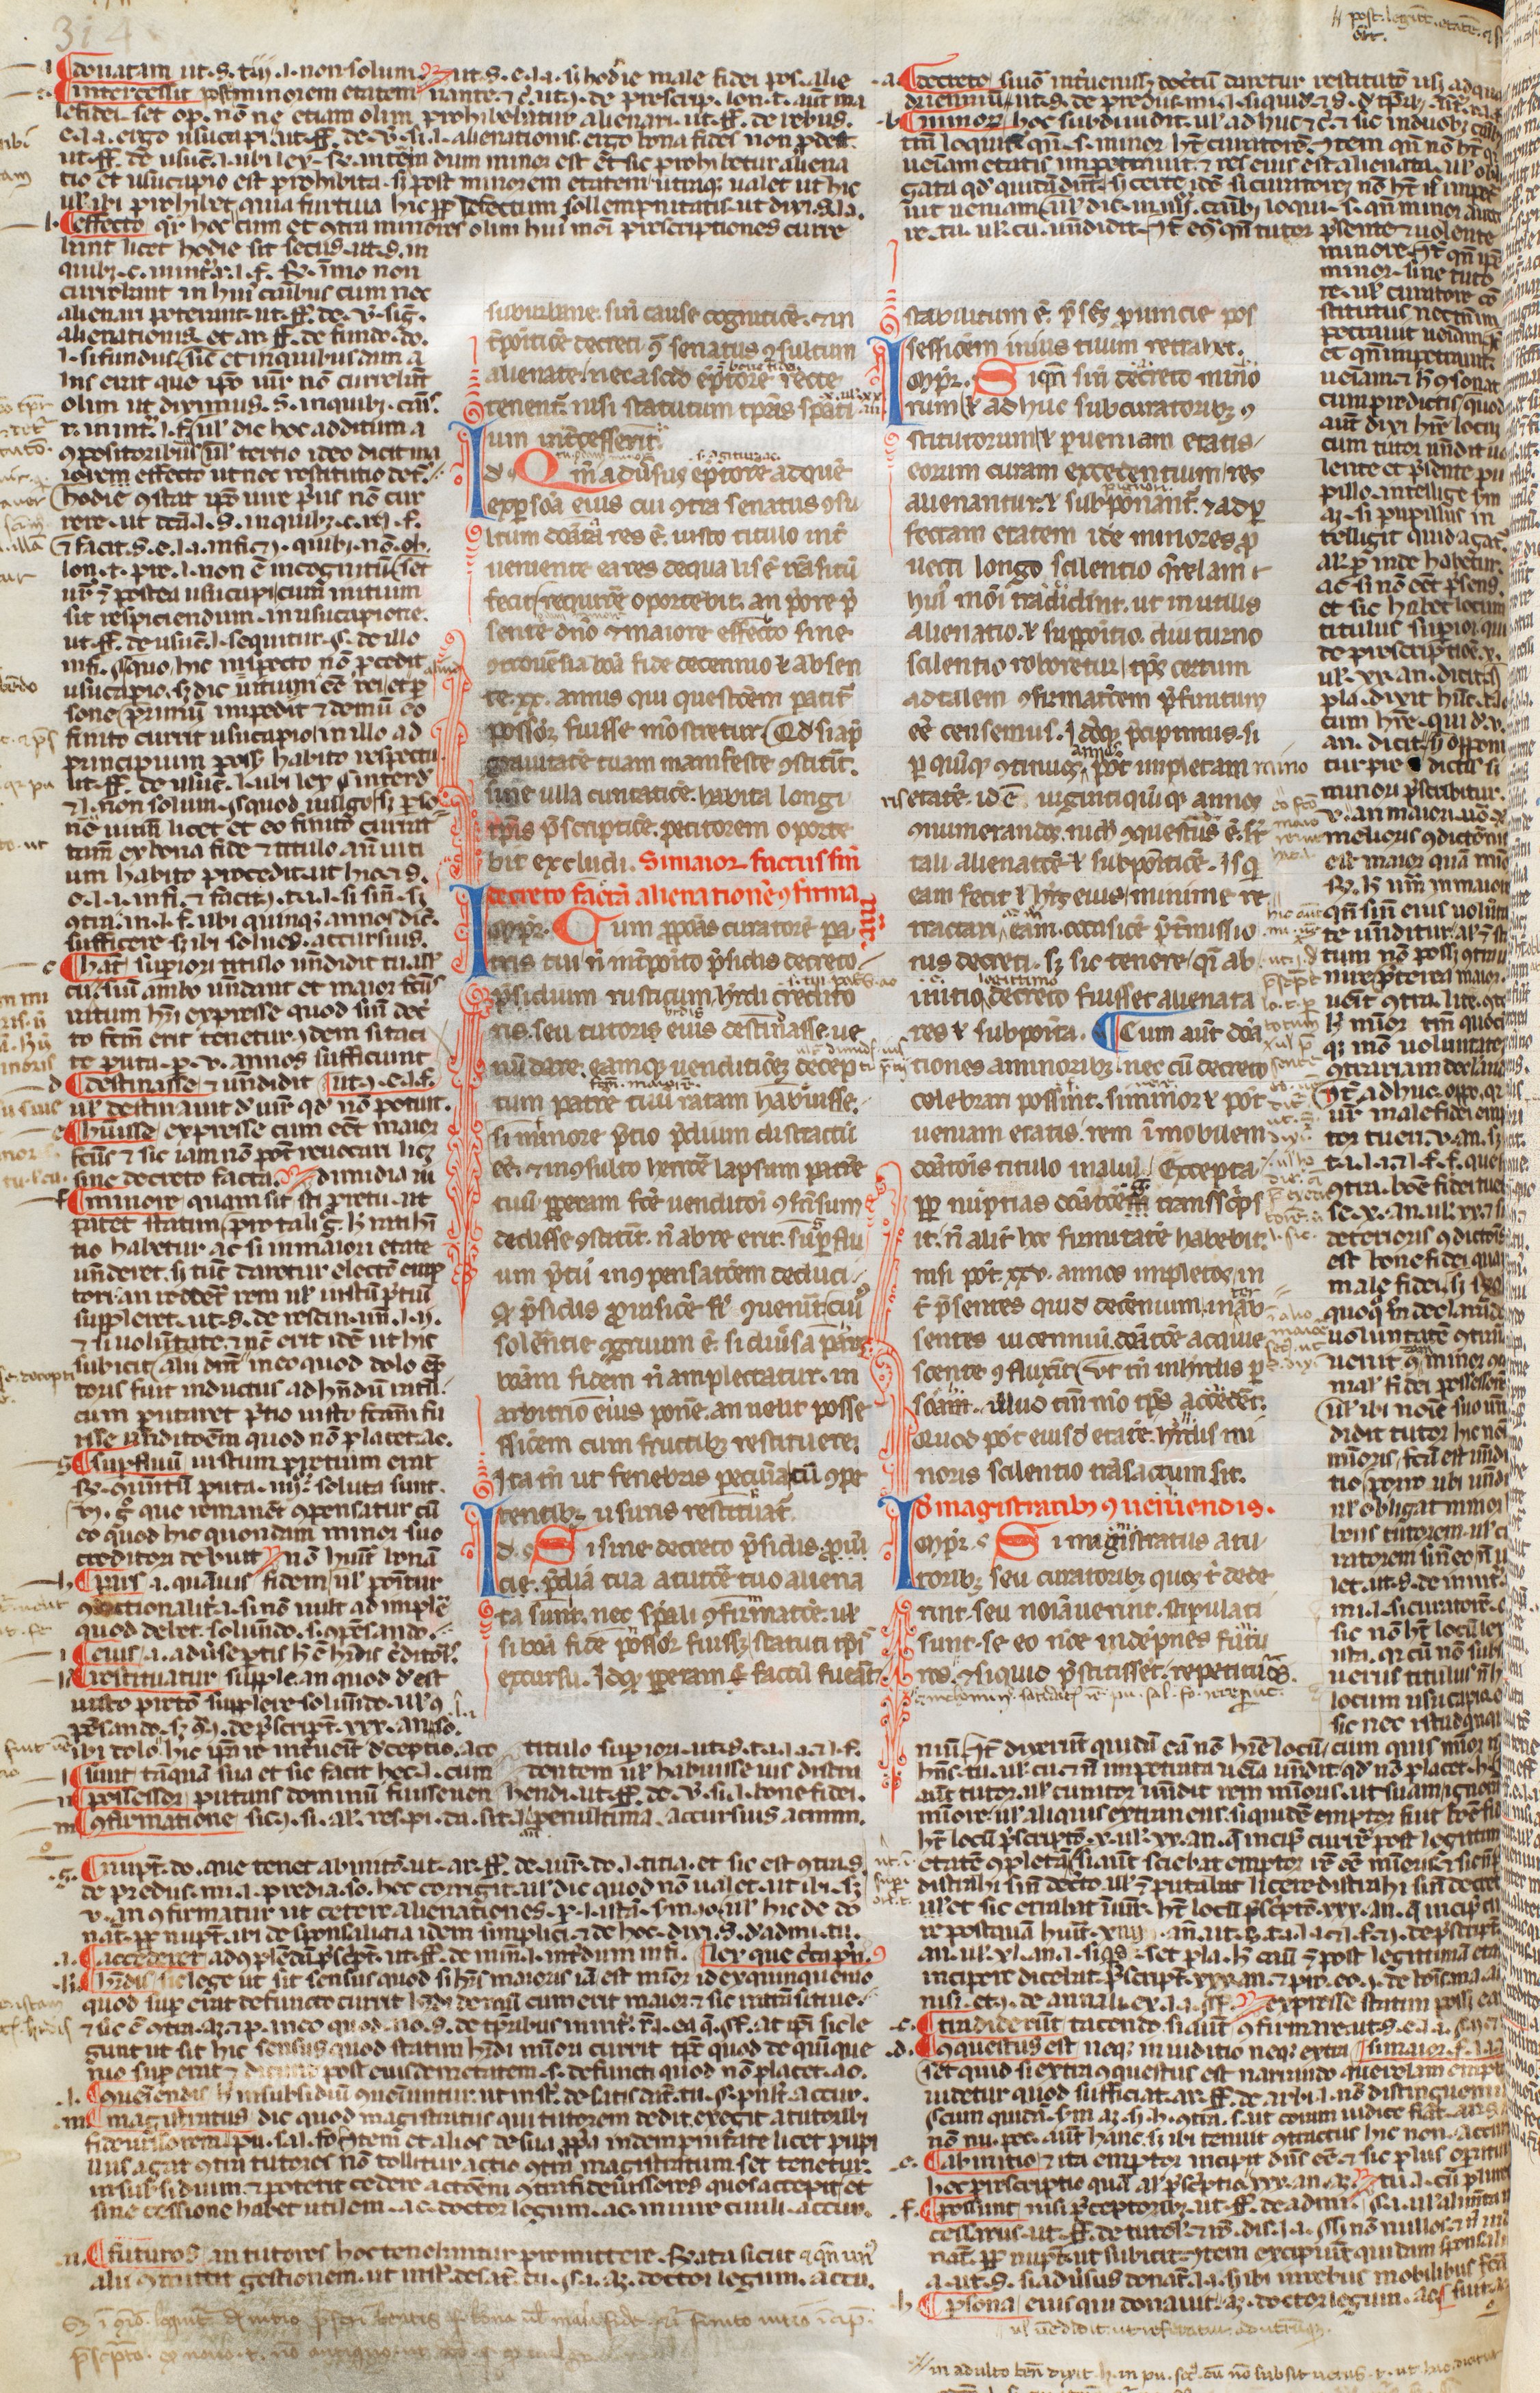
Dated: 1250–1399